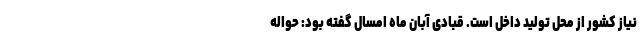
نیاز کشور از محل تولید داخل است. قبادی آبان ماه امسال گفته بود: حواله